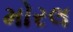
મોરલ